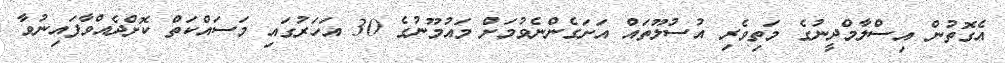
އެގޮތުން އިސްލާމްދީނުގެ މަތިވެރި އުސުލޫތައް އަށަގެންނެވުމަށް މައުމޫނުގެ 30 އަހަރުގައި މަސައްކަތް ކޮށްދެއްވާފައިނުވާ